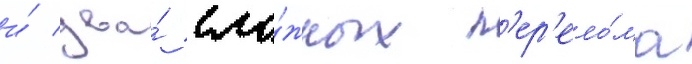
и́ два́ сло́жных п'ер'ело́ма